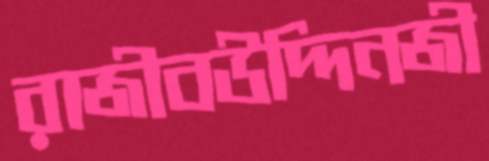
রাজীবউদ্দিনজী